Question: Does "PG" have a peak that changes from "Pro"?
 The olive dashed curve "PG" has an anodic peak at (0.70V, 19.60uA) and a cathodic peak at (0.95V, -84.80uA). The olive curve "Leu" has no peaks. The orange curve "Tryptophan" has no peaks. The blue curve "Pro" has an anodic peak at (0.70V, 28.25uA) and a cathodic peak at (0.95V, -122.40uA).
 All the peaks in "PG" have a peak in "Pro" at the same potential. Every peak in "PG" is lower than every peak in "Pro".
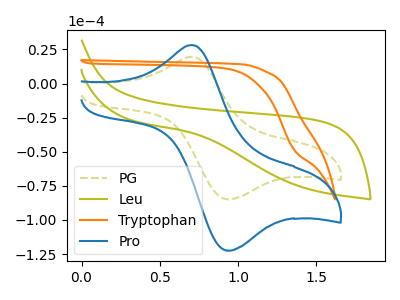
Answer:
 <answer>No, "PG" and "Pro" don't appear to be significantly different in shape</answer>
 <eval>no_change</eval>